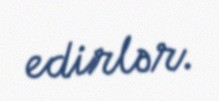
edirlər.